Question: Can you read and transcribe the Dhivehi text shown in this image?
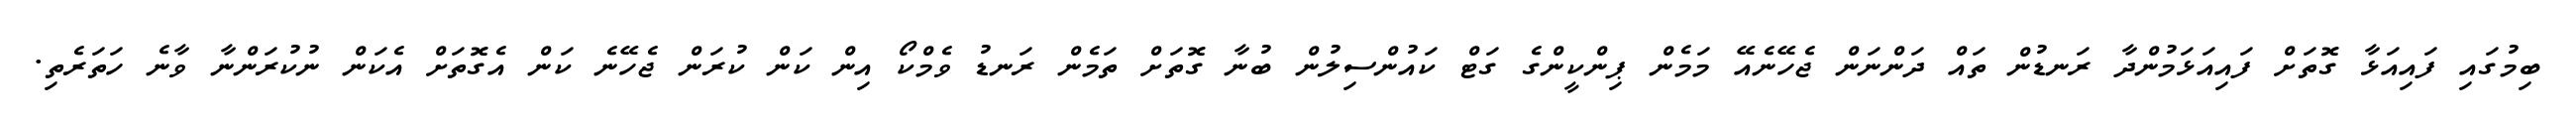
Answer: ބިމުގައި ފައިއަޅާ ގޮތަށް ފައިއަޅަމުންދާ ރަނޑުން ތައް ދަންނަން ޖެހޭނެއޭ މަމެން ޕިންކީންގެ ގަޓް ކައުންސިލުން ބުނާ ގޮތަށް ތަމެން ރަނޑު ވެމްކޯ އިން ކަން ކުރަން ޖެހޭނެ ކަން އެގޮތަށް އެކަން ނުކުރަންނާ ވާނެ ހަތަރެތި.